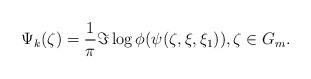
LaTeX: \begin{align*}\Psi_k(\zeta)=\frac{1}{\pi}\Im \log \phi(\psi(\zeta,\xi,\xi_1)), \zeta\in G_m.\end{align*}